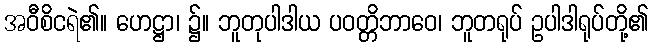
အဝီစိငရဲ၏။ ဟေဋ္ဌာ၊ ၌။ ဘူတုပါဒါယ ပဝတ္တိဘာဝေ၊ ဘူတရုပ် ဥပါဒါရုပ်တို့၏